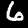
Label: 6